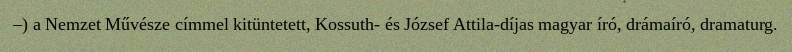
–) a Nemzet Művésze címmel kitüntetett, Kossuth- és József Attila-díjas magyar író, drámaíró, dramaturg.